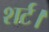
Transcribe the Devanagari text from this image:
शर्ट।